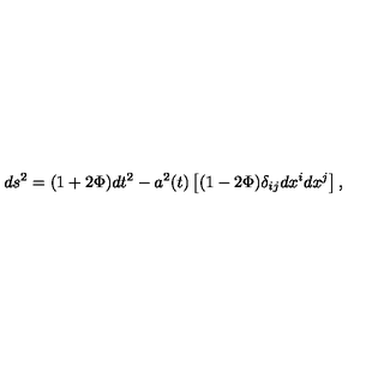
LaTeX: d s ^ { 2 } = ( 1 + 2 \Phi ) d t ^ { 2 } - a ^ { 2 } ( t ) \left[ ( 1 - 2 \Phi ) \delta _ { i j } d x ^ { i } d x ^ { j } \right] ,